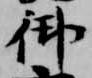
御